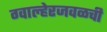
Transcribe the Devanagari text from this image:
ग्वाल्हेरजवळची